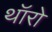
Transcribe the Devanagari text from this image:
थॉरो